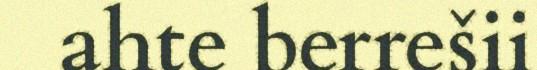
ahte berrešii